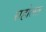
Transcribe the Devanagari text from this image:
सहोलत